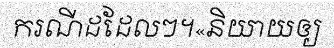
ករណីដដែលៗ។«និយាយឲ្យ